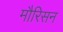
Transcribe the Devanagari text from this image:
मौरिसन